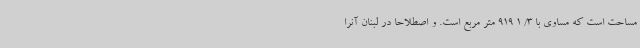
مساحت است که مساوی با 3/ 1 919 متر مربع است. و اصطلاحا در لبنان آنرا